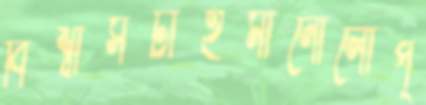
বিশ্বাসটাইমানোলোপ্